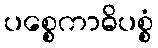
ပစ္စေကာဓိပစ္စံ